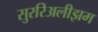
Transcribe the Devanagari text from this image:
सुररिअलीझम